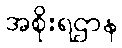
အစိုးရဌာန